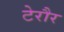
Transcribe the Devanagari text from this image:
टेरौर